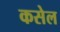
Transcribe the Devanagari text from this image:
कसेल